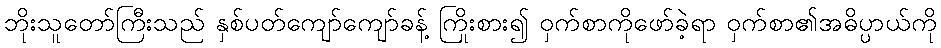
ဘိုးသူတော်ကြီးသည် နှစ်ပတ်ကျော်ကျော်ခန့် ကြိုးစား၍ ဝှက်စာကိုဖော်ခဲ့ရာ ဝှက်စာ၏အဓိပ္ပာယ်ကို